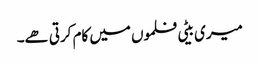
میری بیٹی فلموں میں کام کرتی ھے۔